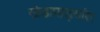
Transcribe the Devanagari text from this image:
खेडापाड्यांत